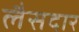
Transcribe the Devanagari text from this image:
लैसदार